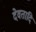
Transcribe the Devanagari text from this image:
देवतादि